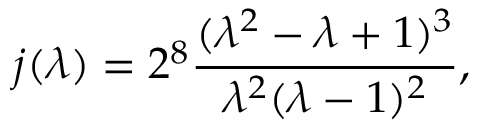
j ( \lambda ) = 2 ^ { 8 } \frac { ( \lambda ^ { 2 } - \lambda + 1 ) ^ { 3 } } { \lambda ^ { 2 } ( \lambda - 1 ) ^ { 2 } } ,